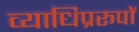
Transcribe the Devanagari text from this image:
व्याधिप्ररूपों